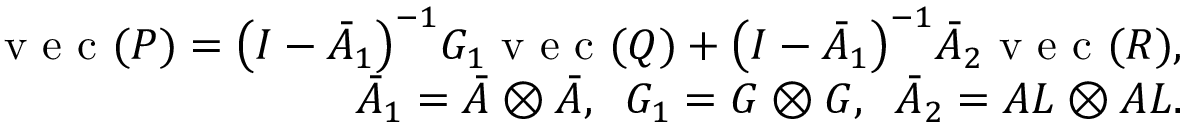
\begin{array} { r } { \mathrm { ~ v ~ e ~ c ~ } ( P ) = \big ( I - \bar { A } _ { 1 } \big ) ^ { - 1 } G _ { 1 } \mathrm { ~ v ~ e ~ c ~ } ( Q ) + \big ( I - \bar { A } _ { 1 } \big ) ^ { - 1 } \bar { A } _ { 2 } \mathrm { ~ v ~ e ~ c ~ } ( R ) , } \\ { \bar { A } _ { 1 } = \bar { A } \otimes \bar { A } , \; \; G _ { 1 } = G \otimes G , \; \; \bar { A } _ { 2 } = A L \otimes A L . } \end{array}